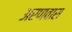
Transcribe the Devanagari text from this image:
अरणवास